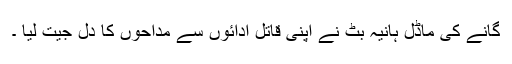
گانے کی ماڈل ہانیہ بٹ نے اپنی قاتل ادائوں سے مداحوں کا دل جیت لیا ۔